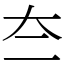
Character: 夳